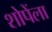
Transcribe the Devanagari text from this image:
शोपेंला